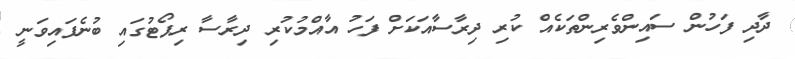
ދާދި ފަހުން ސައިންވެރިންތަކެއް ކުރި ދިރާސާއަކަށް ފަހު އާއްމުކުރި ދިރާސާ ރިޕޯޓުގައި ބުނެފައިވަނީ